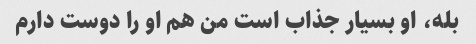
بله، او بسیار جذاب است من هم او را دوست دارم